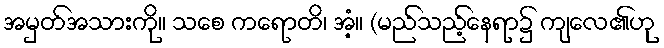
အမှတ်အသားကို။ သစေ ကရောတိ၊ အံ့။ (မည်သည့်နေရာ၌ ကျလေ၏ဟု